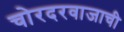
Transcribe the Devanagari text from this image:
चोरदरवाजाची